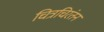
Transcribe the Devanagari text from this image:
चित्रचिरंतन